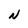
Character: N